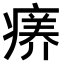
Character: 𤸜